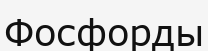
Фосфорды